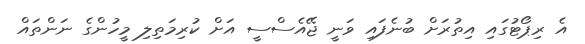
އެ ރިޕޯޓުގައި އިތުރަށް ބުނެފައި ވަނީ ޖޭއެސްސީ އަށް ކުރިމަތިލި މީހުންގެ ނަންތައް